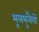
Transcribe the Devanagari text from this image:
भूलभुलैयों